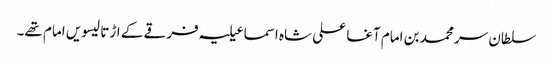
سلطان سر محمد بن امام آغا علی شاہ اسماعیلیہ فرقے کے اڑتالیسویں امام تھے۔